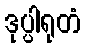
ဒုပ္ပါရုတံ